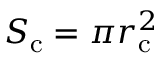
S _ { \mathrm { c } } = \pi r _ { \mathrm { c } } ^ { 2 }